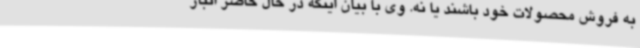
به فروش محصولات خود باشند یا نه. وی با بیان اینکه در حال حاضر انبار